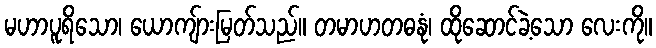
မဟာပူရိသော၊ ယောကျ်ားမြတ်သည်။ တမာဟတဓနုံ၊ ထိုဆောင်ခဲ့သော လေးကို။